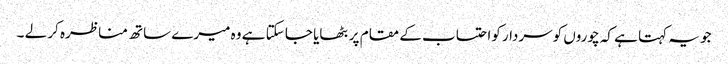
جو یہ کہتا ہے کہ چوروں کوسردار کواحتساب کے مقام پر بٹھایا جا سکتا ہے وہ میرے ساتھ مناظرہ کر لے ۔